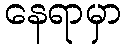
နေရာမှာ